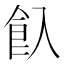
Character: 𩚆